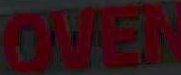
OVEN